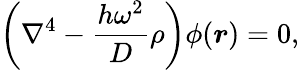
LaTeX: \left(\nabla^{4}-\frac{h\omega^{2}}{D}\rho\right)\phi(\boldsymbol{r})=0,